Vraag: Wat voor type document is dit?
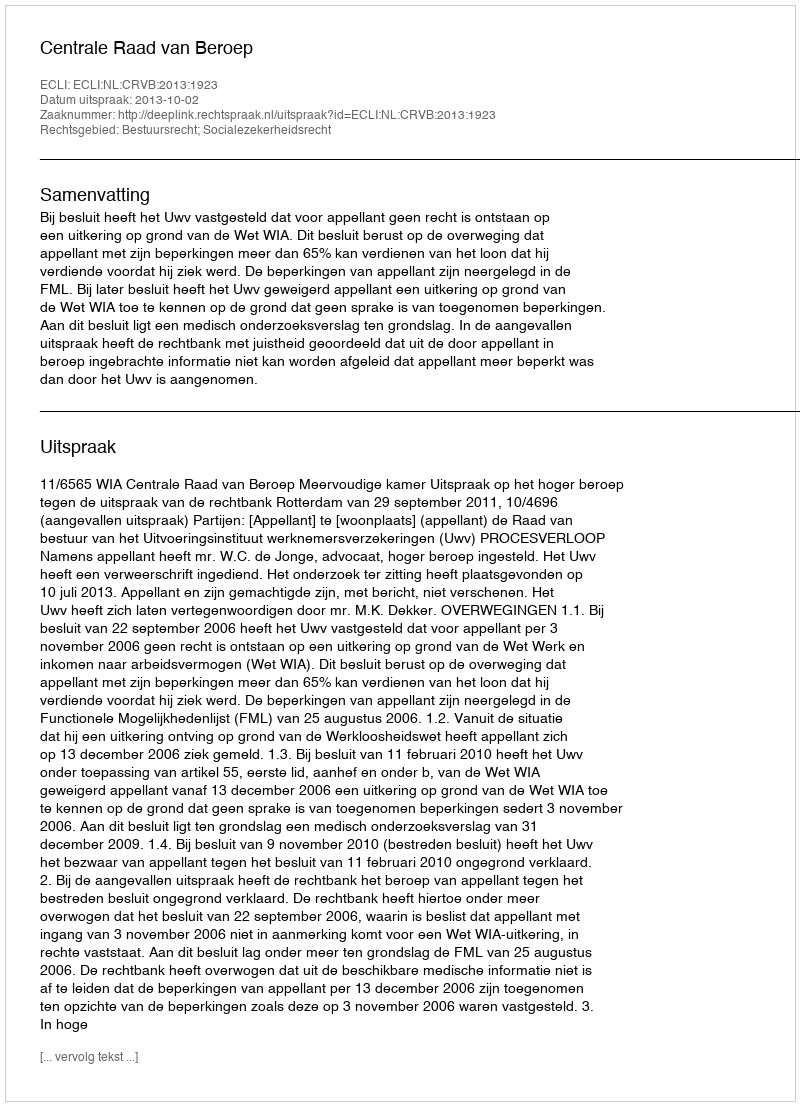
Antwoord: Uitspraak